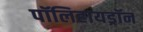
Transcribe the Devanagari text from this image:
पॉलिहायड्रॉन